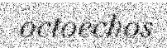
octoechos